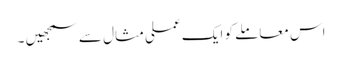
اس معاملے کو ایک عملی مثال سے سمجھیں ۔